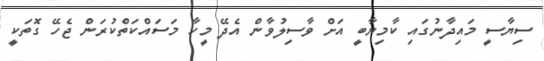
ސިޔާސީ މައިދާނުގައި ކާމިޔާބީ އަށް ވާސިލުވާން އެދޭ މީހާ މަސައްކަތްކުރަން ޖެހޭ ގޮތަކީ